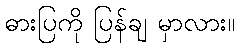
ဓားပြကို ပြန်ချ မှာလား။